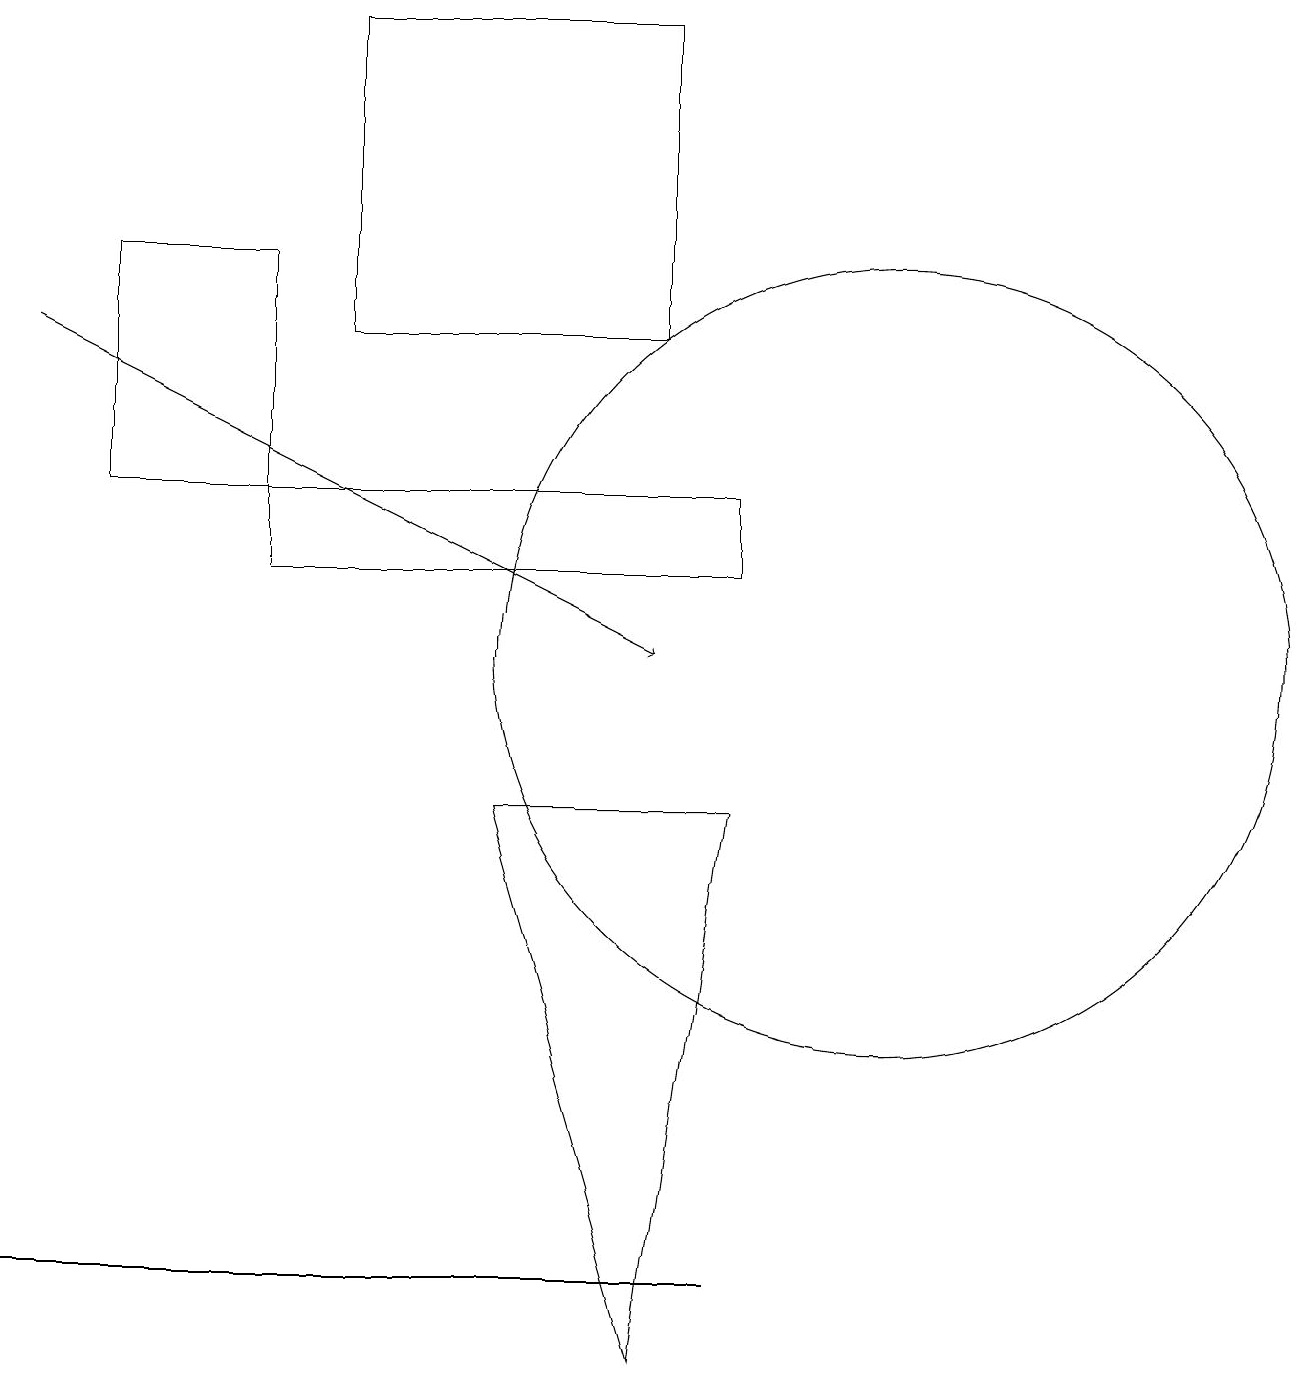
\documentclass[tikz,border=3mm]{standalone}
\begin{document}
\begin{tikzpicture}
\draw (9,12) rectangle (3,13);
\draw (8,19) rectangle (4,15);
\draw[->] (0,15) -- (8,11);
\draw (1,13) rectangle (3,16);
\draw (0,3) -- (7,3) -- (9,3) -- cycle;
\draw (11,11) circle (5);
\draw (9,9) -- (8,2) -- (6,9) -- cycle;
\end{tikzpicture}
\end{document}